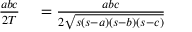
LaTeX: \begin{array} { r l } { { \frac { a b c } { 2 T } } } & { { } = { \frac { a b c } { 2 { \sqrt { s ( s - a ) ( s - b ) ( s - c ) } } } } } \end{array}